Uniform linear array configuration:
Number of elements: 64
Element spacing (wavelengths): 0.25
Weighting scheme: cosine
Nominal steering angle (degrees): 30
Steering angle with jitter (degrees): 31.76
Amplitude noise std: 0.05
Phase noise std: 0.05

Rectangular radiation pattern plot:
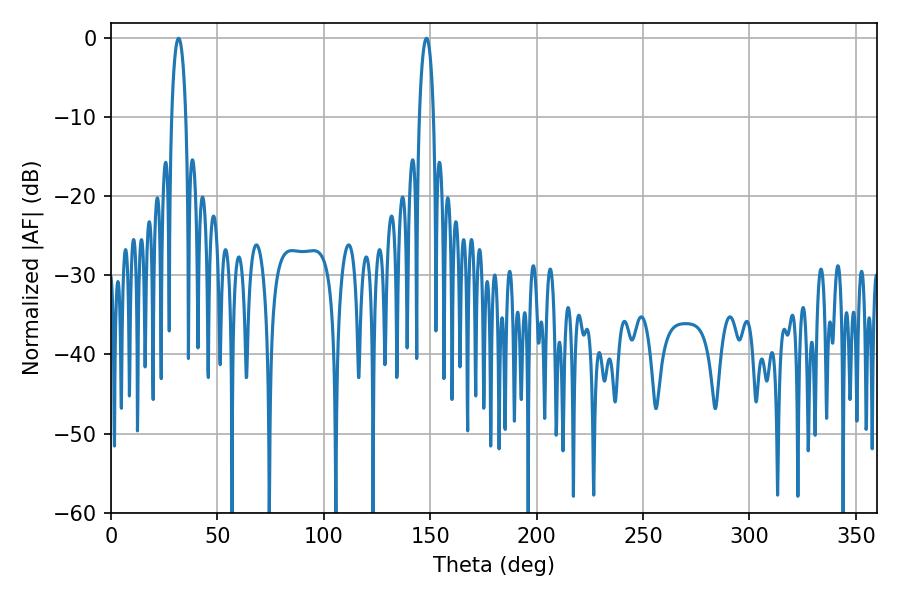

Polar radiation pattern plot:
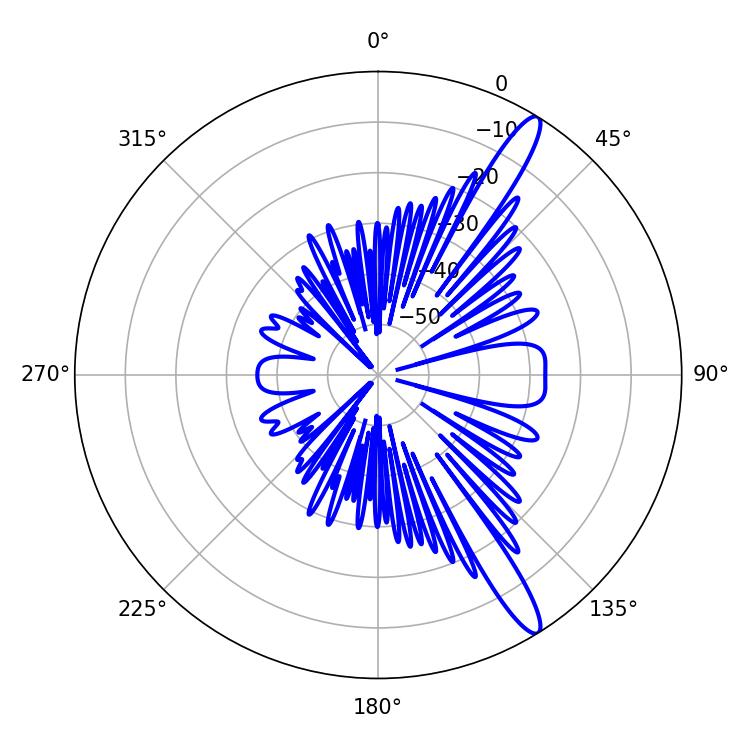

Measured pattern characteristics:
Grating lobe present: FALSE
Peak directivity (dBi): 14.049
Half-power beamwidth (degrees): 3.78
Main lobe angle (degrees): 31.68